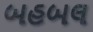
બહબલ